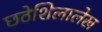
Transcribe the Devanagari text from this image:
छठेशिलालेख